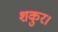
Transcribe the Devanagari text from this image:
शकुर।